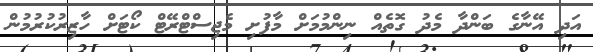
އަދި އޭނާގެ ބަންދާ މެދު ގޮތެއް ނިންމުމަށް މާފުށި މެޖިސްޓްރޭޓް ކޯޓަށް ހާޒިރުކުރުމުން